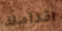
أقدامك